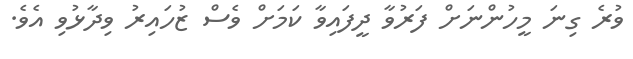
ވުރެ ގިނަ މީހުންނަށް ފަރުވާ ދީފައިވާ ކަމަށް ވެސް ޒުހައިރު ވިދާޅުވި އެވެ.